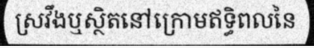
ស្រវឹងឬស្ថិតនៅក្រោមឥទ្ធិពលនៃ